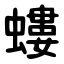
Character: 螻